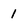
Character: 1